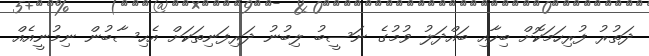
ދަތުރު ފުރިހަމަކޮށް ބިހާއި ބައްދަލު ވުމުގެ ނަސީބު ލިބުނު ދަރިފަނިތަކަށް އެހިސާބުން ނިމުނީއެއް